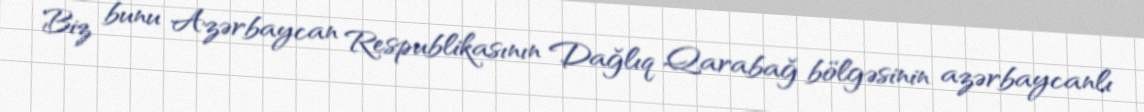
Biz bunu Azərbaycan Respublikasının Dağlıq Qarabağ bölgəsinin azərbaycanlı